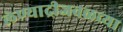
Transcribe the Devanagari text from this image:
लेण्याद्रीजवळच्या